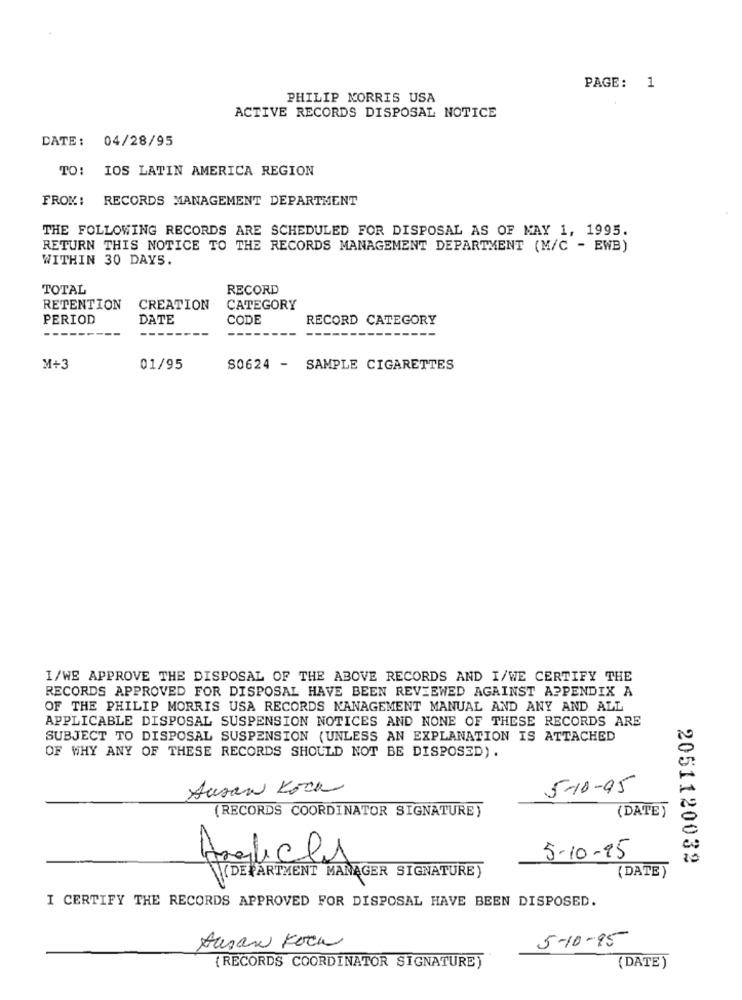
PAGE: 1
PHILIP MORRIS USA
ACTIVE RECORDS DISPOSAL NOTICE
DATE: 04/28/95
TO: IOS LATIN AMERICA REGION
FROM: RECORDS MANAGEMENT DEPARTMENT
THE FOLLOWING RECORDS ARE SCHEDULED FOR DISPOSAL AS OF MAY 1, 1995.
RETURN THIS NOTICE TO THE RECORDS MANAGEMENT DEPARTMENT (M/C - EWB)
WITHIN 30 DAYS.
TOTAL
RECORD
RETENTION
CREATION
CATEGORY
PERIOD
DATE
CODE
RECORD CATEGORY
M+3
01/95
S0624 - SAMPLE CIGARETTES
I/WE APPROVE THE DISPOSAL OF THE ABOVE RECORDS AND I/WE CERTIFY THE
RECORDS APPROVED FOR DISPOSAL HAVE BEEN REVIEWED AGAINST APPENDIX A
OF THE PHILIP MORRIS USA RECORDS MANAGEMENT MANUAL AND ANY AND ALL
APPLICABLE DISPOSAL SUSPENSION NOTICES AND NONE OF THESE RECORDS ARE
SUBJECT TO DISPOSAL SUSPENSION (UNLESS AN EXPLANATION IS ATTACHED
OF WHY ANY OF THESE RECORDS SHOULD NOT BE DISPOSED) .
Susan Kock
5-10-95
(RECORDS COORDINATOR SIGNATURE)
(DATE)
-
Anglicky
5-10-15
2051120032
( DATE )
(DEPARTMENT MANAGER SIGNATURE)
I CERTIFY THE RECORDS APPROVED FOR DISPOSAL HAVE BEEN DISPOSED.
Ausan Foca
5-10-95
(RECORDS COORDINATOR SIGNATURE)
(DATE )